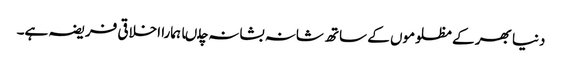
دنیا بھر کے مظلوموں کے ساتھ شانہ بشانہ چلںا ہمارا اخلاقی فریضہ ہے۔